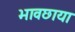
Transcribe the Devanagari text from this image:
भावछाया